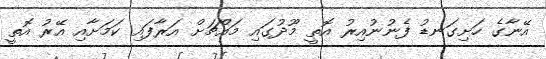
އޭނާގެ ހަށިގަނޑު ފެނުނުއިރު އޮތީ މޫދުގައި މައްޗަށް އަރާފައި ކަމަށާއި އޭރު އޮތީ